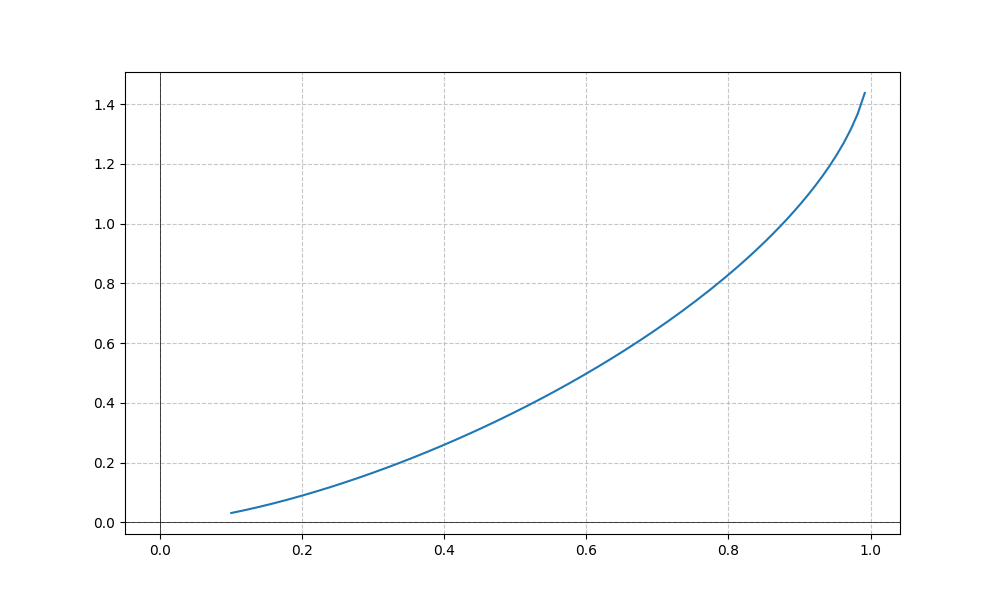
LaTeX formula: \sqrt{x} \operatorname{asin}{\left(x \right)}